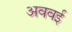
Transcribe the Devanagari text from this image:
अववई